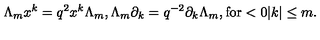
\Lambda _ { m } x ^ { k } = q ^ { 2 } x ^ { k } \Lambda _ { m } , \Lambda _ { m } \partial _ { k } = q ^ { - 2 } \partial _ { k } \Lambda _ { m } , \mathrm { f o r } < 0 \vert k \vert \leq m .